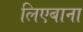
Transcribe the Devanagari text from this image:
लिएबाना